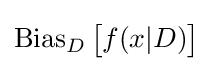
\operatorname {Bias} _{D}{\big [}f(x|D){\big ]}